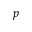
p